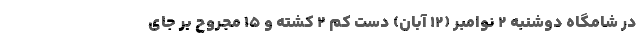
در شامگاه دوشنبه ۲ نوامبر (۱۲ آبان) دست کم ۲ کشته و ۱۵ مجروح بر جای